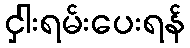
ငှါးရမ်းပေးရန်